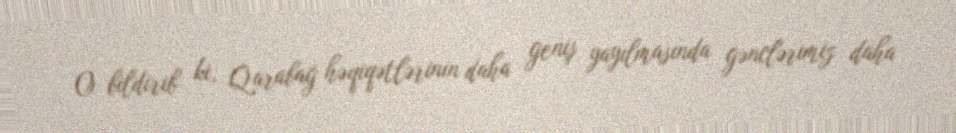
O bildirib ki, Qarabağ həqiqətlərinin daha geniş yayılmasında gənclərimiz daha